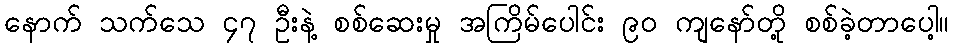
နောက် သက်သေ ၄၇ ဦးနဲ့ စစ်ဆေးမှု အကြိမ်ပေါင်း ၉၀ ကျနော်တို့ စစ်ခဲ့တာပေါ့။